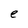
Character: e